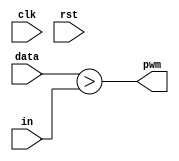
module PWM( 
	input clk, rst, 
	input signed [7:0] data,in, 
	output pwm
);
//   	reg [7:0] cnt;
// 
//initial cnt = 8'b0;
//   
//always@(posedge clk) begin
//      if(rst) cnt <= 8'b0;
//      else cnt <= cnt + 8'd1;
//   end
//
   	assign pwm = (data > in);

endmodule



//module PWM( 
//	input clk, rst, 
//	input signed [7:0] data,
//   	output pwmp, pwmn
//);
//   	reg signed [7:0] cnt;
// 
//initial cnt = 8'sb0;
//   
//always@(posedge clk) begin
//      if(rst) cnt <= 8'sb0;
//      else cnt <= cnt + 8'sb1;
//   end
//   
//assign pwmp = (data > cnt);
//assign pwmn = (-data > cnt);
//
//endmodule
//
//module Deadtime(
//	input clk, 
//	input in, 
//	output out
//);
//   reg [3:0] cnt; 
//
//initial cnt = 4'b0;
//
//always@(posedge clk) begin
//      if(in) begin
//         if(cnt < 4'd10)
//            cnt <= cnt + 4'b1;
//      end
//      else cnt <= 4'b0;
//   end
//   
//assign out = (cnt == 4'd10);
//
////PWM the_pwm(clk, 1'b0, data, pwmp, pwmn);
////wire pup, plo, nup, nlo;
////Deadtime pos_up_dt(clk, pwmp, pup);
////Deadtime pos_lo_dt(clk, ~pwmp, plo);
////Deadtime neg_up_dt(clk, pwmn, nup);
////Deadtime neg_lo_dt(clk, ~pwmn, nlo);
////
//
//endmodule
//